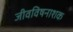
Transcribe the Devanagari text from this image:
जीवविषनाशक